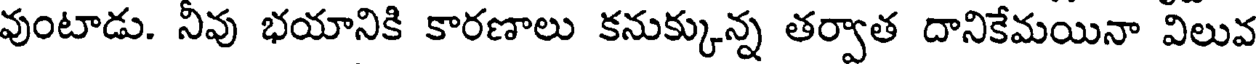
వుంటాడు. నీవు భయానికి కారణాలు కనుక్కున్న తర్వాత దానికేమయినా విలువ